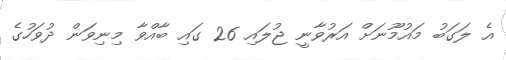
އެ ލަގަބު މައުމޫނަށް އަރުވާނީ ޖުލައި 26 ގައި ބާއްވާ މިނިވަން ދުވަހުގެ